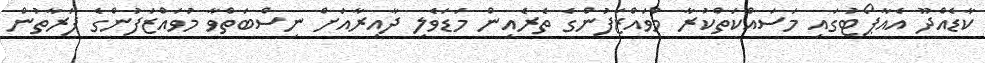
ކާޑެއްދޫ އެއާޕޯޓުގައި މަސައްކަތްކުރާ މުވައްޒަފުންގެ ތެރެއިން މަޑަވެލި ދާއިރާއަށް ނިސްބަތްވާ މުވައްޒަފުންގެ ފަރާތުން